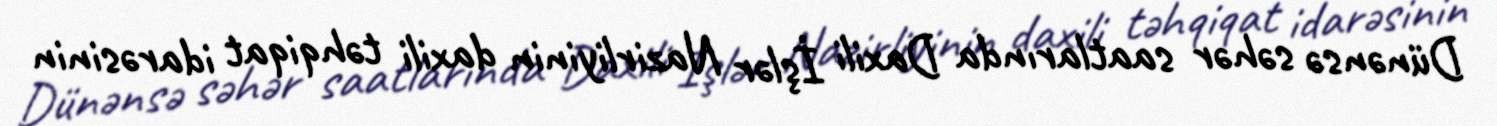
Dünənsə səhər saatlarında Daxili İşlər Nazirliyinin daxili təhqiqat idarəsinin